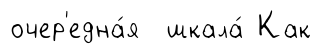
очер'една́я шкала́ Как